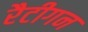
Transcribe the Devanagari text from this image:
रैटीगन